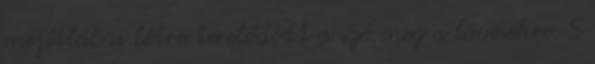
mezítlábas létre terelődött a szó meg a lövésekre. S